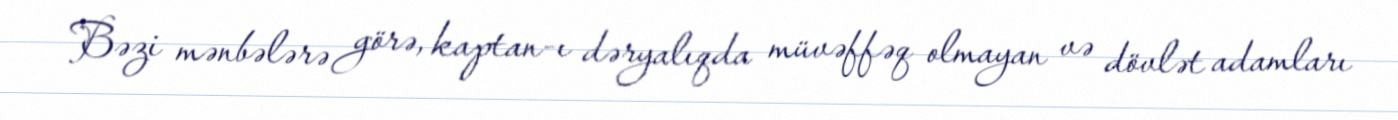
Bəzi mənbələrə görə, kaptan-ı dəryalıqda müvəffəq olmayan və dövlət adamları